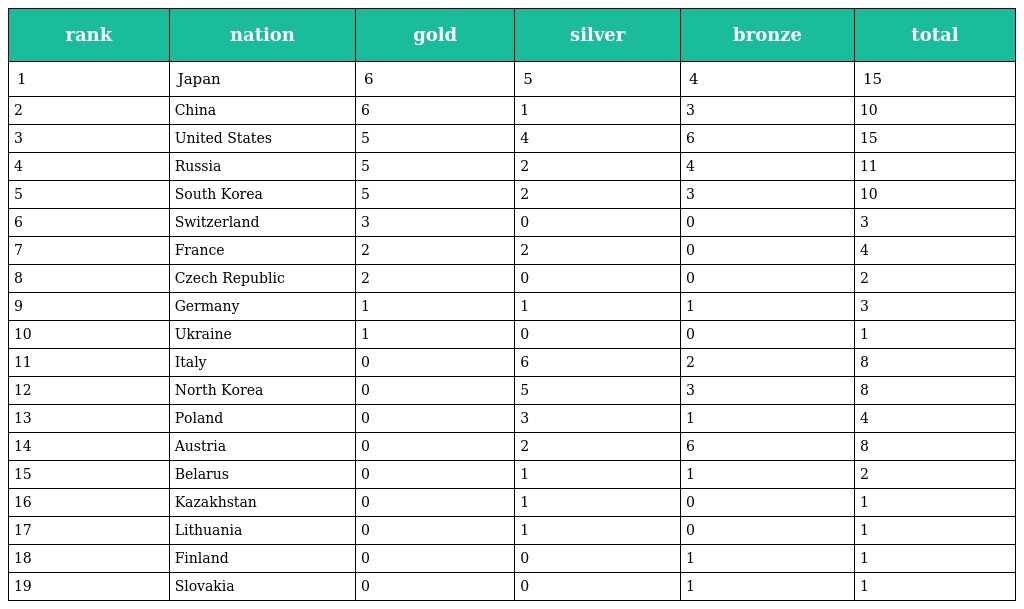
| rank | nation | gold | silver | bronze | total |
 | --- | --- | --- | --- | --- | --- |
 | 1 | Japan | 6 | 5 | 4 | 15 |
 | 2 | China | 6 | 1 | 3 | 10 |
 | 3 | United States | 5 | 4 | 6 | 15 |
 | 4 | Russia | 5 | 2 | 4 | 11 |
 | 5 | South Korea | 5 | 2 | 3 | 10 |
 | 6 | Switzerland | 3 | 0 | 0 | 3 |
 | 7 | France | 2 | 2 | 0 | 4 |
 | 8 | Czech Republic | 2 | 0 | 0 | 2 |
 | 9 | Germany | 1 | 1 | 1 | 3 |
 | 10 | Ukraine | 1 | 0 | 0 | 1 |
 | 11 | Italy | 0 | 6 | 2 | 8 |
 | 12 | North Korea | 0 | 5 | 3 | 8 |
 | 13 | Poland | 0 | 3 | 1 | 4 |
 | 14 | Austria | 0 | 2 | 6 | 8 |
 | 15 | Belarus | 0 | 1 | 1 | 2 |
 | 16 | Kazakhstan | 0 | 1 | 0 | 1 |
 | 17 | Lithuania | 0 | 1 | 0 | 1 |
 | 18 | Finland | 0 | 0 | 1 | 1 |
 | 19 | Slovakia | 0 | 0 | 1 | 1 |